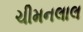
ચીમનલાલ